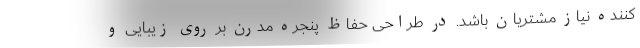
کننده نیاز مشتریان باشد. در طراحی حفاظ پنجره مدرن بر روی زیبایی و